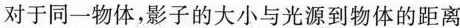
对于同一物体，影子的大小与光源到物体的距离